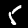
Digit: 5